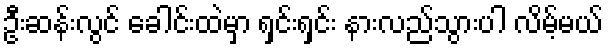
ဦးဆန်းလွင် ခေါင်းထဲမှာ ရှင်းရှင်း နားလည်သွားပါ လိမ့်မယ်